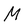
Character: M